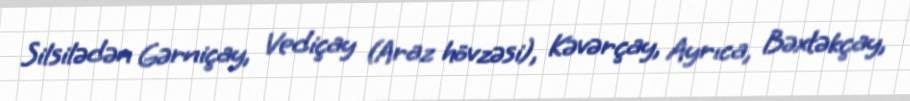
Silsilədən Gərniçay, Vediçay (Araz hövzəsi), Kəvərçay, Ayrıca, Bəxtəkçay,